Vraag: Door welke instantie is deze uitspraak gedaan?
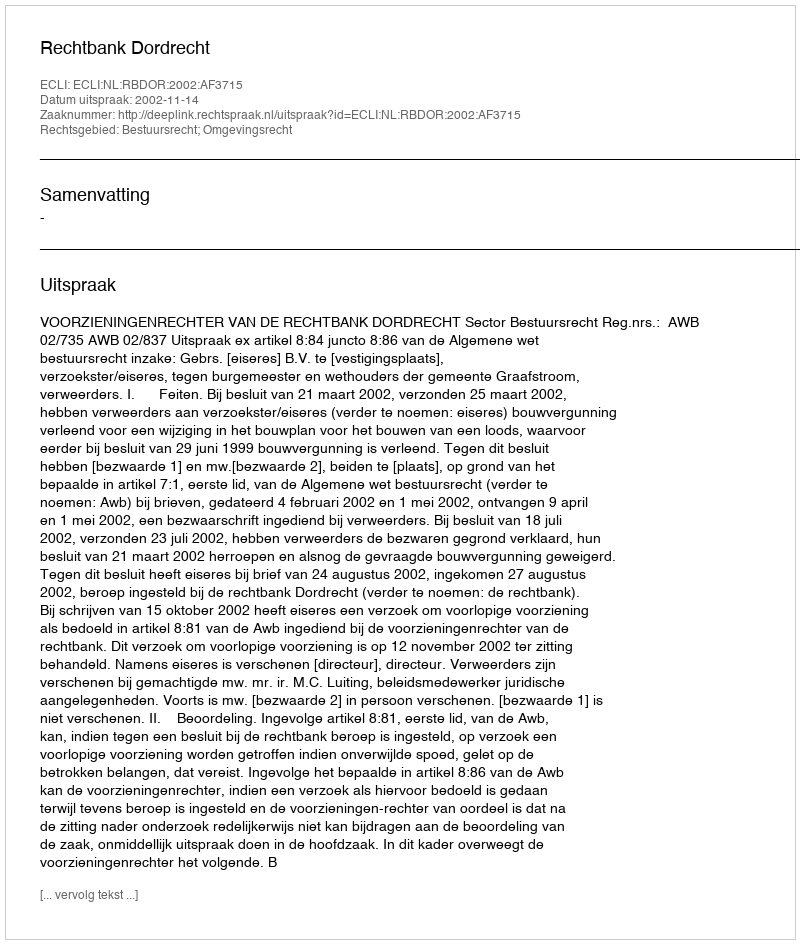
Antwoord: Rechtbank Dordrecht